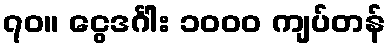
၇၀။ ငွေဒင်္ဂါး ၁၀၀၀ ကျပ်တန်